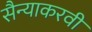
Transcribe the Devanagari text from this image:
सैन्याकरवी